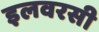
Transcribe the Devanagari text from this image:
इलवरसी